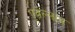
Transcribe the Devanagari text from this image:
पूवेल्लाम